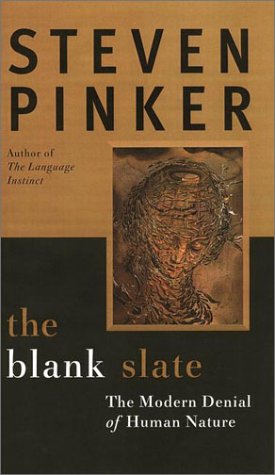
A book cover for The Blank Slate: The Modern Denial of Human Nature; Steven Pinker; Politics & Social Sciences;